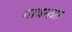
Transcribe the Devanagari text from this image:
गावगन्ना